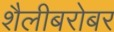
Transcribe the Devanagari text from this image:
शैलीबरोबर